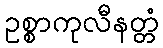
ဥစ္စာကုလီနတ္တံ